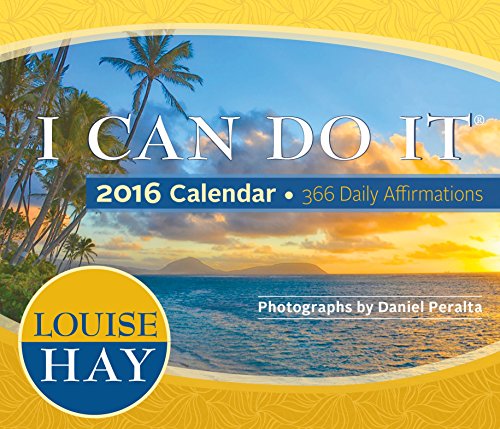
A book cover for I Can Do ItÂ® 2016 Calendar: 366 Daily Affirmations; Louise Hay; Self-Help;